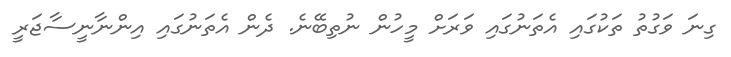
ގިނަ ވަގުތު ތަކުގައި އެތަނުގައި ވަރަށް މީހުން ނުތިބޭނެ. ދެން އެތަނުގައި އިންނާނީސާޖަރީ